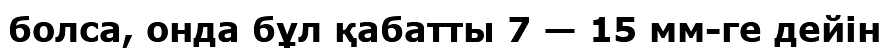
болса, онда бұл қабатты 7 — 15 мм-ге дейін